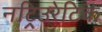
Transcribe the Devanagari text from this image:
नट्रिउरेटिक